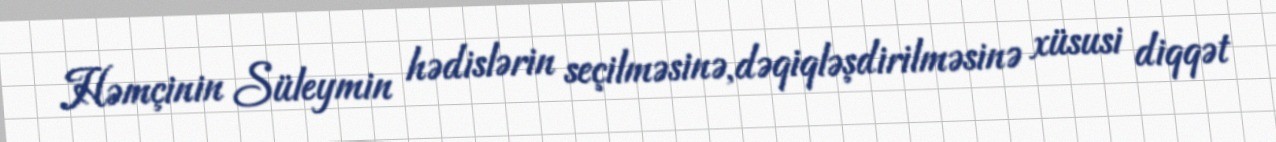
Həmçinin Süleymin hədislərin seçilməsinə,dəqiqləşdirilməsinə xüsusi diqqət